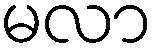
မလာ